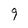
Character: 9